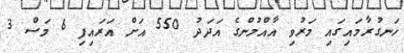
ހަނގުރާމައިގައި މަރުވި އާއްމުންގެ އަދަދު 550 އަށް އަރައިފި 6 މަސް 3